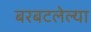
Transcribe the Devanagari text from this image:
बरबटलेल्या